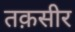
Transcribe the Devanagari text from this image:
तक़सीर